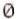
0